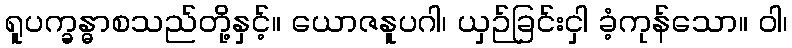
ရူပက္ခန္ဓာစသည်တို့နှင့်။ ယောဇနူပဂါ၊ ယှဉ်ခြင်းငှါ ခံ့ကုန်သော။ ဝါ၊